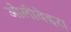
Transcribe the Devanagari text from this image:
ओलीवेइरा